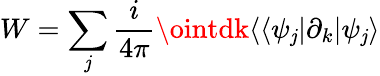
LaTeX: W=\sum_{\mathit{j}}\frac{{i}}{{4\pi}}\ointdk\langle\langle\psi_{\mathit{j}}|\partial_{k}|\psi_{\mathit{j}}\rangle